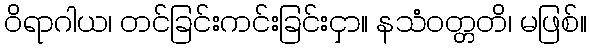
ဝိရာဂါယ၊ တင်ခြင်းကင်းခြင်းငှာ။ နသံဝတ္တတိ၊ မဖြစ်။